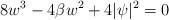
LaTeX: \begin{align*}8w^3-4\beta w^2+4|\psi|^2=0\end{align*}